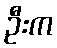
ဦးက